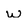
Character: w